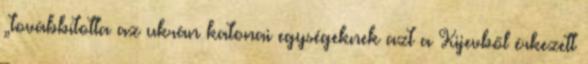
„továbbította az ukrán katonai egységeknek azt a Kijevből érkezett